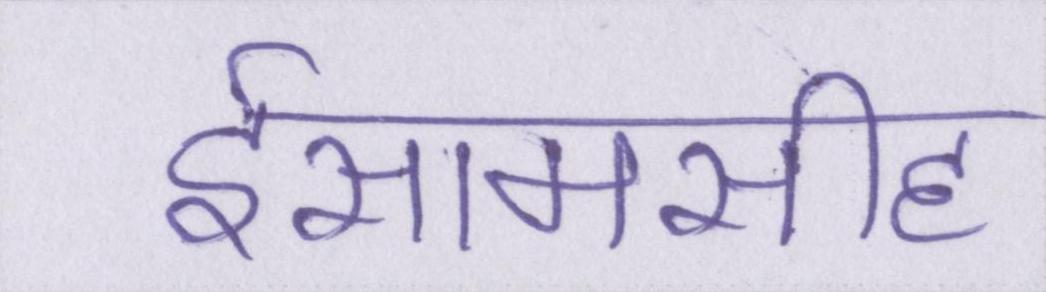
ईसामसीह